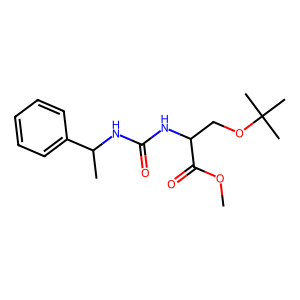
SMILES: COC(=O)C(COC(C)(C)C)NC(=O)NC(C)c1ccccc1
Inhibits HIV replication: No